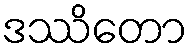
ဒဿိတော